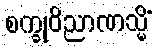
စက္ခုဝိညာဏသ္မိံ